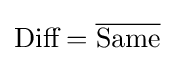
{\text{Diff}}={\overline {\text{Same}}}